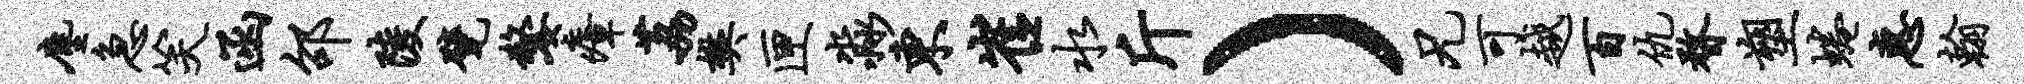
尘急笑函邵陵甓嫠瘴荔樊匣淼东崔水斤）兄可越百仇瞀塑蜷惠翰